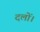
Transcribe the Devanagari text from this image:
दलों।